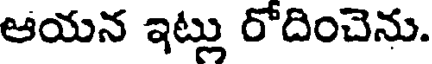
ఆయన ఇట్లు రోదించెను.